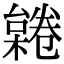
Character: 𣜨